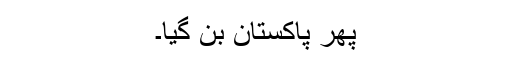
پھر پاکستان بن گیا۔